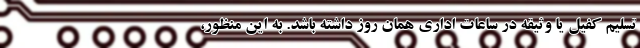
تسلیم کفیل یا وثیقه در ساعات اداری همان روز داشته باشد. به این منظور،